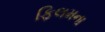
ફિલમના